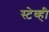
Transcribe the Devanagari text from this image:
स्टेव्ही